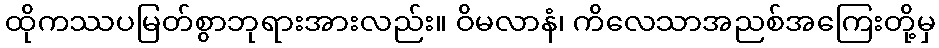
ထိုကဿပမြတ်စွာဘုရားအားလည်း။ ဝိမလာနံ၊ ကိလေသာအညစ်အကြေးတို့မှ